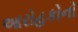
આરોહકોનો